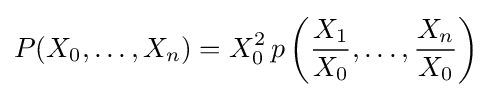
P(X_{0},\ldots ,X_{n})=X_{0}^{2}\,p\left({\frac {X_{1}}{X_{0}}},\ldots ,{\frac {X_{n}}{X_{0}}}\right)